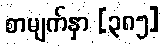
စာမျက်နှာ [၃၈၅]